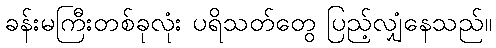
ခန်းမကြီးတစ်ခုလုံး ပရိသတ်တွေ ပြည့်လျှံနေသည်။